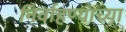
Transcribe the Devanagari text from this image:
निर्वाहण्याच्या